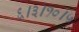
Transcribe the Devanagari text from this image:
६।३।१०।५